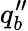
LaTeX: q_{b}^{\prime\prime}